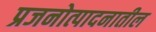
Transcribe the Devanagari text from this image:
प्रजनोत्पादनातील